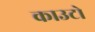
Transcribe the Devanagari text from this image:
काउटो